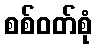
စစ်ဝတ်စုံ